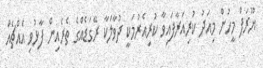
ޔޫރަޕް މީހުން މިއަދު ކުރިއަރާފައިވާ ކުރިއެރުމަކީ ދުވާލަކާ ރޭގަޑެއްގެ ތެރެއިން ފާޅުވި އެއްޗެއް